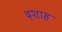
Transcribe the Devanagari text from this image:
दशाह